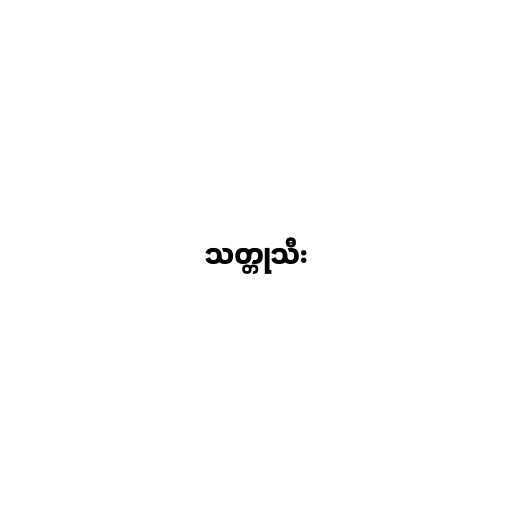
သတ္တုသီး